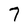
Character: 7